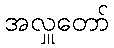
အလှူတော်